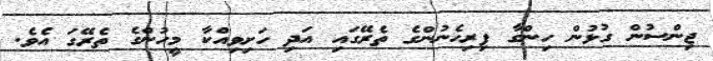
ޖިންސުން ގުޅުން ހިންގާ ފިރިހެނުންގެ ތެރޭގައި އަދި ހަށިވިއްކާ މީހުންގެ ތެރޭގަ އެވެ.